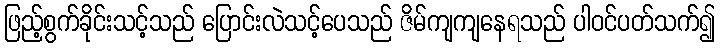
ဖြည့်စွက်ခိုင်းသင့်သည် ပြောင်းလဲသင့်ပေသည် ဇိမ်ကျကျနေရသည် ပါဝင်ပတ်သက်၍